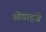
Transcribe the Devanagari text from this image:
ओंडाट्जे